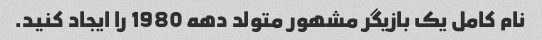
نام کامل یک بازیگر مشهور متولد دهه 1980 را ایجاد کنید.